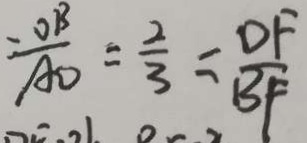
\frac { - O B } { A O } = \frac { 2 } { 3 } = \frac { D F } { B F }